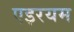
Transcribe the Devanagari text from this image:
एइरयम